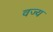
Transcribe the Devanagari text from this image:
वज्य